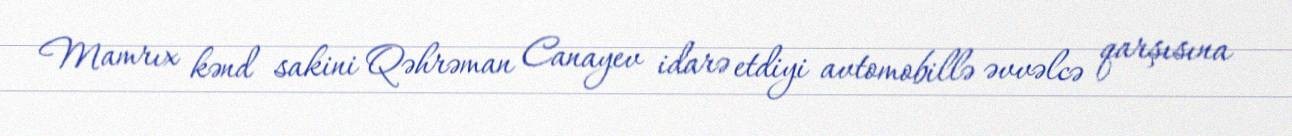
Mamrıx kənd sakini Qəhrəman Canayev idarə etdiyi avtomobillə əvvəlcə qarşısına